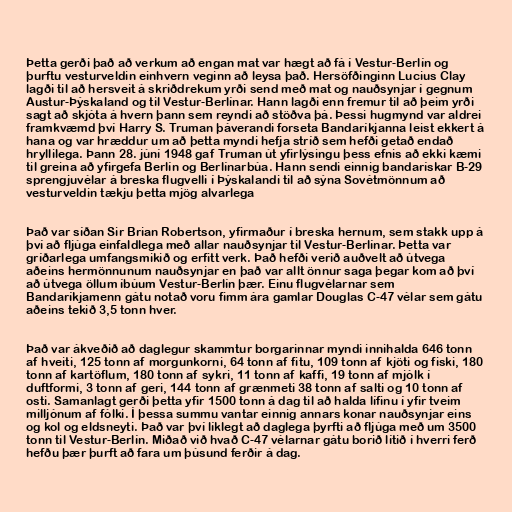
Þetta gerði það að verkum að engan mat var hægt að fá í Vestur-Berlín og
þurftu vesturveldin einhvern veginn að leysa það. Hersöfðinginn Lucius Clay
lagði til að hersveit á skriðdrekum yrði send með mat og nauðsynjar í gegnum
Austur-Þýskaland og til Vestur-Berlínar. Hann lagði enn fremur til að þeim yrði
sagt að skjóta á hvern þann sem reyndi að stöðva þá. Þessi hugmynd var aldrei
framkvæmd því Harry S. Truman þáverandi forseta Bandaríkjanna leist ekkert á
hana og var hræddur um að þetta myndi hefja stríð sem hefði getað endað
hryllilega. Þann 28. júní 1948 gaf Truman út yfirlýsingu þess efnis að ekki kæmi
til greina að yfirgefa Berlín og Berlínarbúa. Hann sendi einnig bandarískar B-29
sprengjuvélar á breska flugvelli í Þýskalandi til að sýna Sovétmönnum að
vesturveldin tækju þetta mjög alvarlega

Það var síðan Sir Brian Robertson, yfirmaður í breska hernum, sem stakk upp á
því að fljúga einfaldlega með allar nauðsynjar til Vestur-Berlínar. Þetta var
gríðarlega umfangsmikið og erfitt verk. Það hefði verið auðvelt að útvega
aðeins hermönnunum nauðsynjar en það var allt önnur saga þegar kom að því
að útvega öllum íbúum Vestur-Berlín þær. Einu flugvélarnar sem
Bandaríkjamenn gátu notað voru fimm ára gamlar Douglas C-47 vélar sem gátu
aðeins tekið 3,5 tonn hver.

Það var ákveðið að daglegur skammtur borgarinnar myndi innihalda 646 tonn
af hveiti, 125 tonn af morgunkorni, 64 tonn af fitu, 109 tonn af kjöti og fiski, 180
tonn af kartöflum, 180 tonn af sykri, 11 tonn af kaffi, 19 tonn af mjólk í
duftformi, 3 tonn af geri, 144 tonn af grænmeti 38 tonn af salti og 10 tonn af
osti. Samanlagt gerði þetta yfir 1500 tonn á dag til að halda lífinu í yfir tveim
milljónum af fólki. Í þessa summu vantar einnig annars konar nauðsynjar eins
og kol og eldsneyti. Það var því líklegt að daglega þyrfti að fljúga með um 3500
tonn til Vestur-Berlín. Miðað við hvað C-47 vélarnar gátu borið lítið í hverri ferð
hefðu þær þurft að fara um þúsund ferðir á dag.